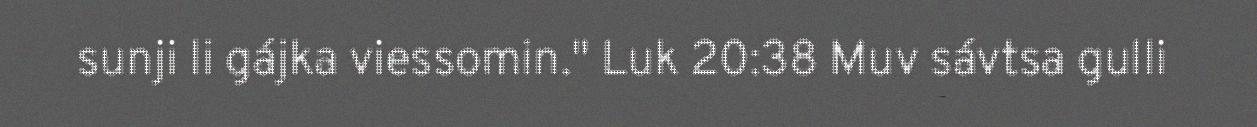
sunji li gájka viessomin." Luk 20:38 Muv sávtsa gulli